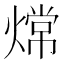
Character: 龦